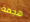
هجمة